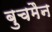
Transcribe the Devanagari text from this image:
बुचमैन